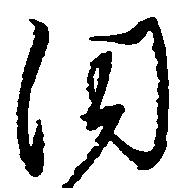
同